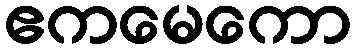
ဧကမေကော